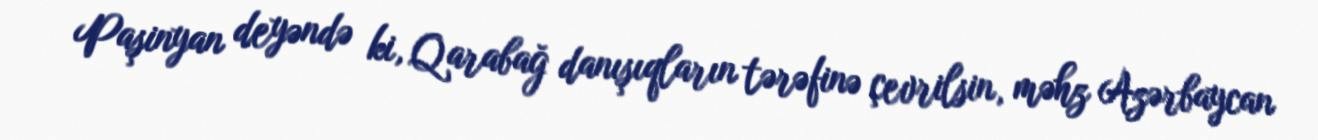
Paşinyan deyəndə ki, Qarabağ danışıqların tərəfinə çevrilsin, məhz Azərbaycan